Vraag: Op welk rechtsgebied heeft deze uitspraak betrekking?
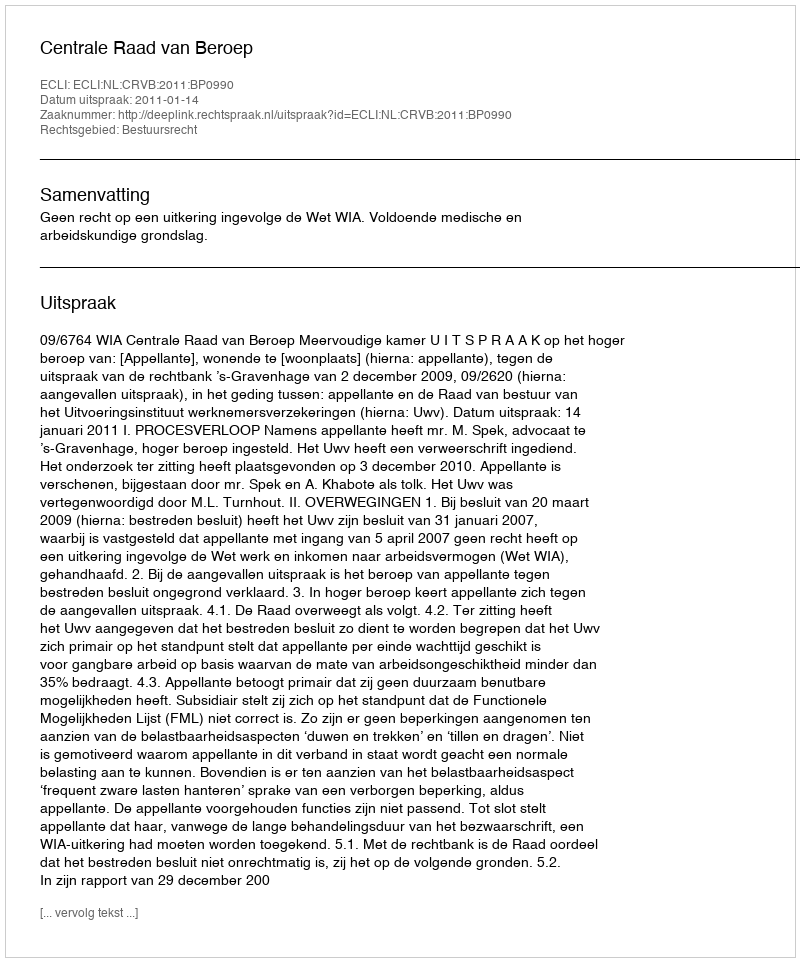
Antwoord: Bestuursrecht